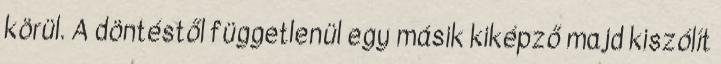
körül. A döntéstől függetlenül egy másik kiképző majd kiszólít